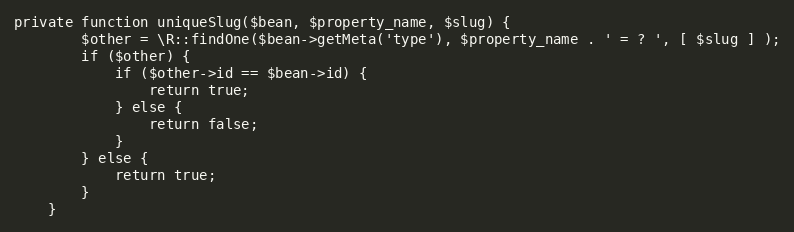
Language: PHP
private function uniqueSlug($bean, $property_name, $slug) {
		$other = \R::findOne($bean->getMeta('type'), $property_name . ' = ? ', [ $slug ] );
		if ($other) {
			if ($other->id == $bean->id) {
				return true;
			} else {
				return false;
			}
		} else {
			return true;
		}
	}